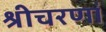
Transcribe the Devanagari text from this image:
श्रीचरणां